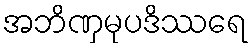
အဘိဏှမုပဒိဿရေ